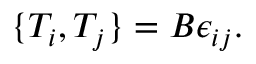
\{ T _ { i } , T _ { j } \} = B \epsilon _ { i j } .